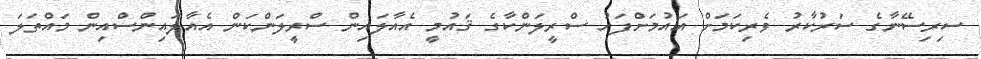
ސިރިސޭނާގެ ސަރުކާރު ވެރިކަމަށް އައުމަށްފަހު ސްރީލަންކާގެ ޤައުމީ އެއާލައިން ސްރީލަންކަން އެއާލައިންސްއިން މައްތަލަ